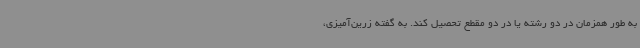
به طور همزمان در دو رشته یا در دو مقطع تحصیل کند. به گفته زرین‌آمیزی،